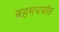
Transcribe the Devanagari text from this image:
ब्रहमचर्यात